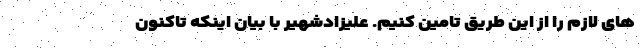
های لازم را از این طریق تامین کنیم. علیزادشهیر با بیان اینکه تاکنون